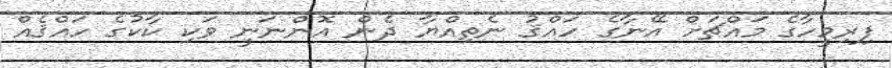
ފިރިމީހާގެ މައްޗަށް އޭނާގެ ހައްޤު ނެތިއްޔާ ދެން އޮންނަނީ ވަކި ކާކުގެ ހައްޤެއް